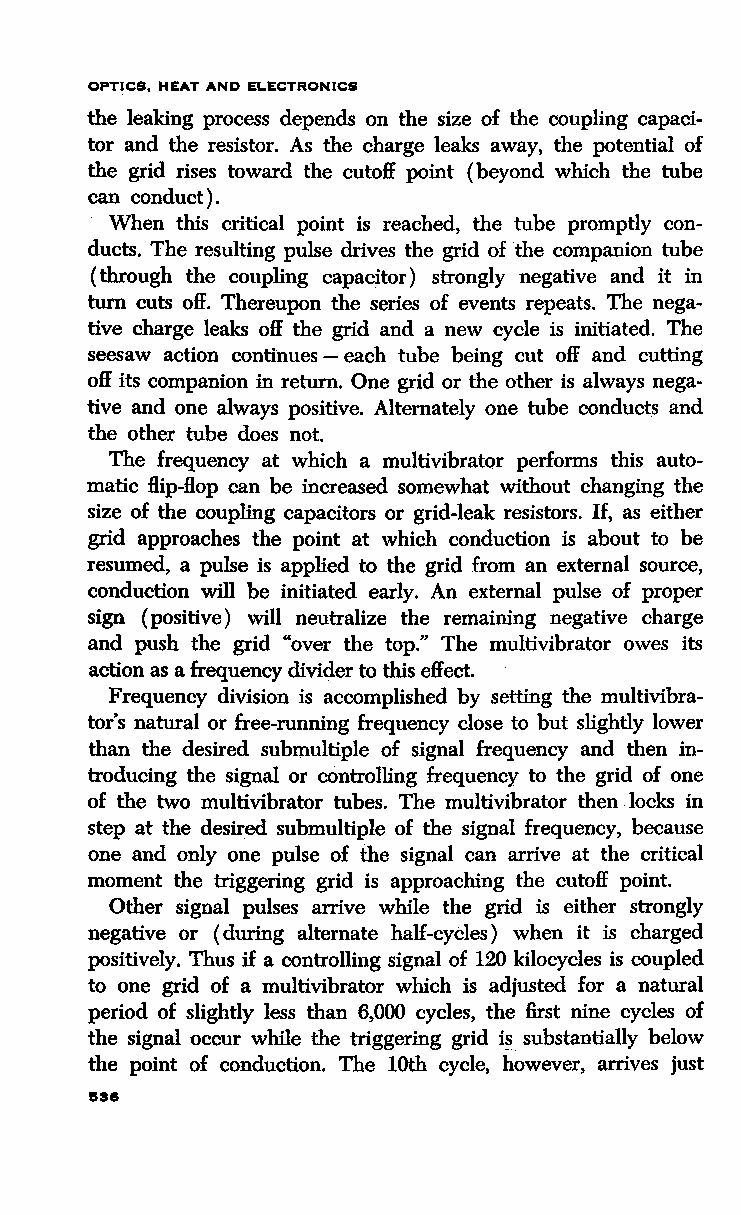
OPTICS, HEAT AND ELECTRONICS
 the leaking process depends on the size of the coupling capaci
 tor and the resistor. As the charge leaks away, the potential of
 the grid rises toward the cutoff point (beyond which the tube
 can conduct).
 When this critical point is reached, the tube promptly con
 ducts. The resulting pulse drives the grid of the companion tube
 (through the coupling capacitor) strongly negative and it in
 turn cuts off. Thereupon the series of events repeats. The nega
 tive charge leaks off the grid and a new cycle is initiated. The
 seesaw action continues - each tube being cut off and cutting
 off its companion in return. One grid or the other is always nega
 tive and one always positive. Alternately one tube conducts and
 the other tube does not.
 The frequency at which a multivibrator pedorms this auto
 matic Hip-flop can be increased somewhat without changing the
 size of the coupling capacitors or grid-leak resistors. If, as either
 grid approaches the point at which conduction is about to be
 resumed, a pulse is applied to the grid from an external source,
 conduction will be initiated early. An external pulse of proper
 sign (positive) will neutralize the remaining negative charge
 and push the grid "over the top." The multivibrator owes its
 action as a frequency divider to this effect.
 Frequency division is accomplished by setting the multivibra
 tor's natural or free-running frequency close to but slightly lower
 than the desired submultiple of signal frequency and then in
 troducing the signal or controlling frequency to the grid of one
 of the two multivibrator tubes. The multivibrator then locks in
 step at the desired submultiple of the signal frequency, because
 one and only one pulse of the signal can arrive at the critical
 moment the triggering grid is approaching the cutoff point.
 Other signal pulses arrive while the grid is either strongly
 negative or (during alternate half-cycles) when it is charged
 positively. Thus if a controlling signal of 120 kilocycles is coupled
 to one grid of a multivibrator which is adjusted for a natural
 period of slightly less than 6,000 cycles, the first nine cycles of
 the signal occur while the triggering grid is substantially below
 the point of conduction. The lOth cycle, however, arrives just
 153&